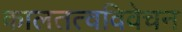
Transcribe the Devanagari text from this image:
कालतत्वविवेचन